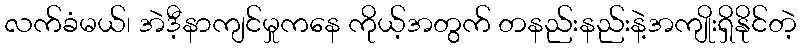
လက်ခံမယ်၊ အဲဒီ့နာကျင်မှုကနေ ကိုယ့်အတွက် တနည်းနည်းနဲ့အကျိုးရှိနိုင်တဲ့